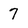
Character: 7